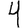
Digit: 4